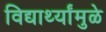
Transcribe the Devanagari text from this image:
विद्यार्थ्यांमुळे